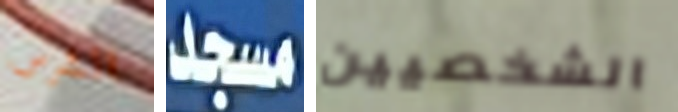
الشرس مسجد الشخصيين